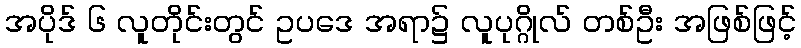
အပိုဒ် ၆ လူတိုင်းတွင် ဥပဒေ အရာ၌ လူပုဂ္ဂိုလ် တစ်ဦး အဖြစ်ဖြင့်